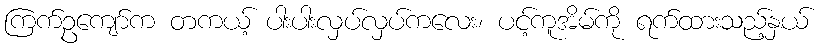
ကြက်ဥကျော်က တကယ့် ပါးပါးလှပ်လှပ်ကလေး၊ ပင့်ကူအိမ်ကို ရက်ထားသည့်နှယ်